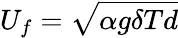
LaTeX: U_{f}=\sqrt{\alpha g\delta Td}